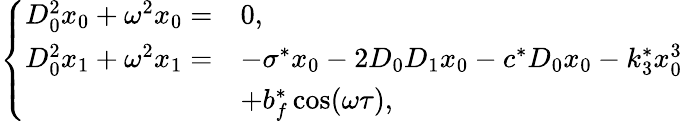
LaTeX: \left\{ \begin{array}{rl}{D_{0}^{2}x_{0}+\omega^{2}x_{0}=}&{0,}\\ {D_{0}^{2}x_{1}+\omega^{2}x_{1}=}&{-\sigma^{*}x_{0}-2D_{0}D_{1}x_{0}-c^{*}D_{0}x_{0}-k_{3}^{*}x_{0}^{3}}\\ &{+b_{f}^{*}\cos(\omega\tau),}\end{array}\right.